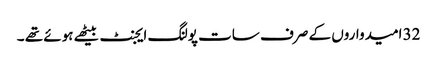
32 امیدواروں کے صرف سات پولنگ ایجنٹ بیٹھے ہوئے تھے ۔